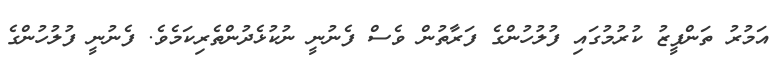
އަމުރު ތަންފީޒު ކުރުމުގައި ފުލުހުންގެ ފަރާތުން ވެސް ފެނުނީ ނުކުޅެދުންތެރިކަމެވެ. ފެނުނީ ފުލުހުންގެ